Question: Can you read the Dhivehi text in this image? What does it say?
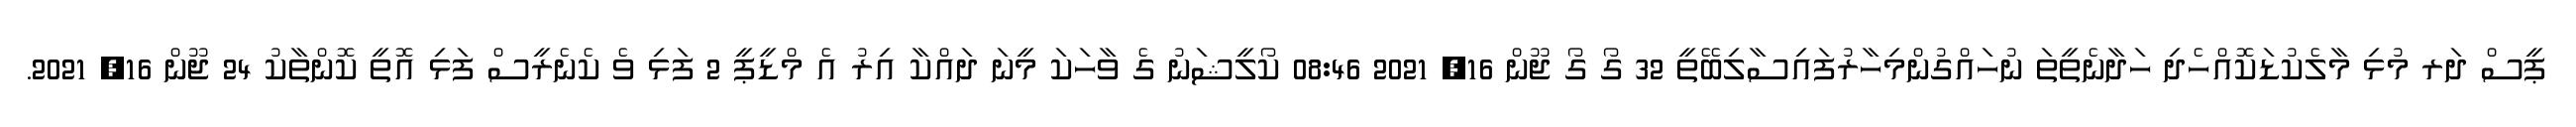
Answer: ޕީސް ދަރ މުޅި މާލެކުޑަކޮއްހެދި ހަދާނެތީތަ ނުހައްގުންމިހާރުފައިސާލިބޭތީ 32 ގޯ ގޯ ޖޫން 16, 2021 08:46 ކޯލީޝަނު ގެ ވާހަކަ މީނަ ދައްކާ އިރު އެ މްޑީޕީ 2 ފަޅި ވެ ކެނެރީސް ފަޅި އޮތީ ކޮންތާކު 24 ޖޫން 16, 2021.